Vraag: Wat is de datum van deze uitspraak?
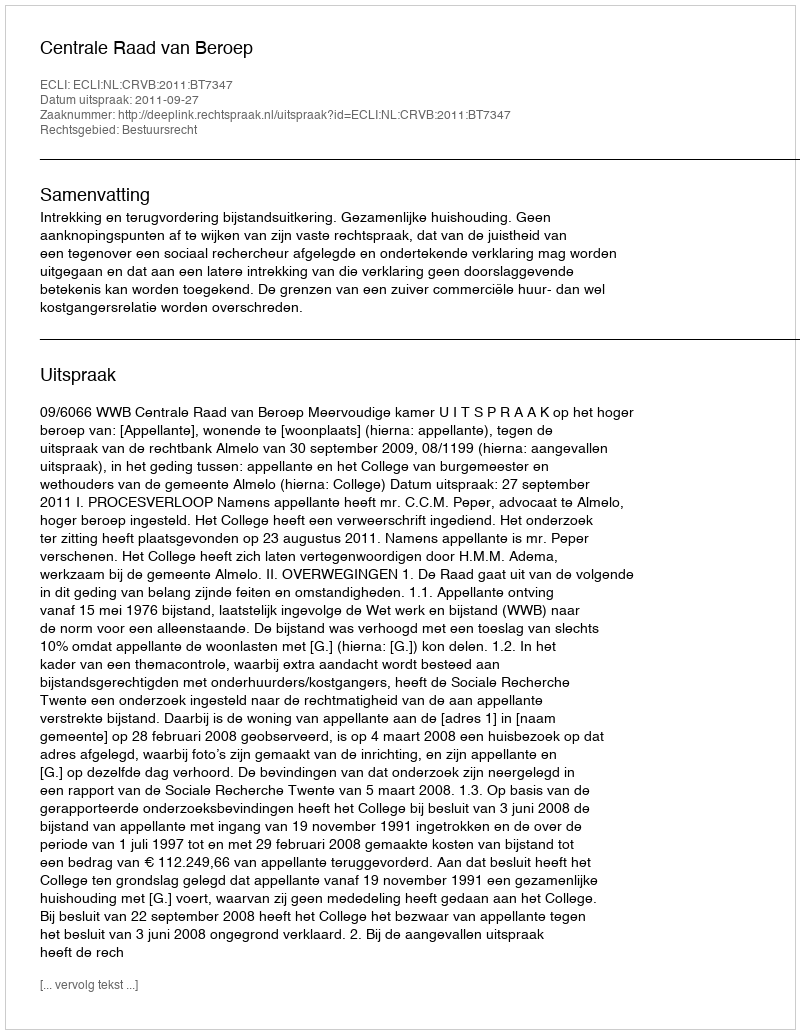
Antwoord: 2011-09-27